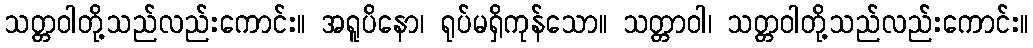
သတ္တဝါတို့သည်လည်းကောင်း။ အရူပိနော၊ ရုပ်မရှိကုန်သော။ သတ္တာဝါ၊ သတ္တဝါတို့သည်လည်းကောင်း။